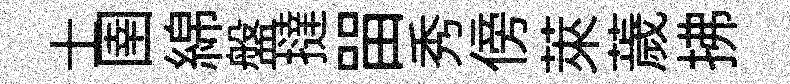
士圉綿盤撻㽞秀傍萊薉拂